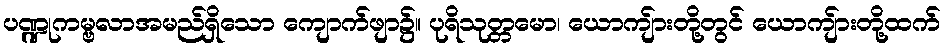
ပဏ္ဍုကမ္ဗလာအမည်ရှိသော ကျောက်ဖျာ၌။ ပုရိသုတ္တမော၊ ယောကျ်ားတို့တွင် ယောကျ်ားတို့ထက်